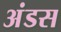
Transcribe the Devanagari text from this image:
अंडस